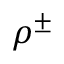
\rho ^ { \pm }